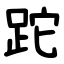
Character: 跎